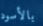
بالأسود